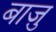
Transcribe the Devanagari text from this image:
बाज़ु